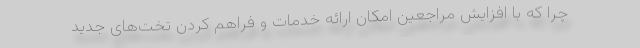
چرا که با افزایش مراجعین امکان ارائه خدمات و فراهم کردن تخت‌های جدید